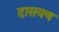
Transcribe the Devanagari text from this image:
दासवण